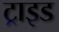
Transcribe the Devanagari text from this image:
ट्राइड